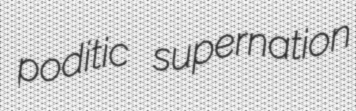
poditic supernation